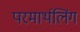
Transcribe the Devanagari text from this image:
परमार्थलिंग